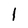
Character: l